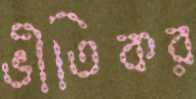
ভীতিকর